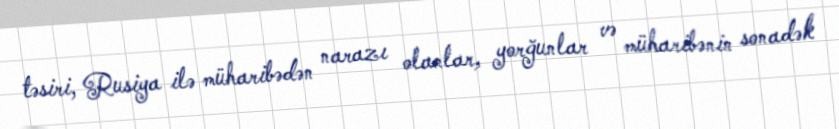
təsiri, Rusiya ilə müharibədən narazı olanlar, yorğunlar və müharibənin sonadək